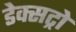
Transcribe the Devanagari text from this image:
डेक्सट्रो